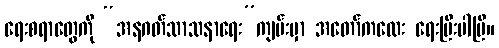
ရေးစရာတွေကို “အနဂတ်သာသနာရေး”ကျမ်းမှာ အတော်ကလေး ရေးပြီးပါပြီ။